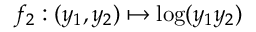
f _ { 2 } : ( y _ { 1 } , y _ { 2 } ) \mapsto \log ( y _ { 1 } y _ { 2 } )